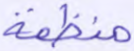
منظمة